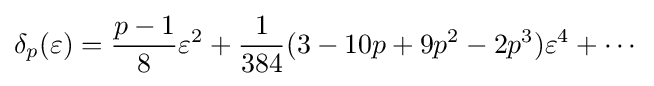
\delta _{p}(\varepsilon )={\frac {p-1}{8}}\varepsilon ^{2}+{\frac {1}{384}}(3-10p+9p^{2}-2p^{3})\varepsilon ^{4}+\cdots